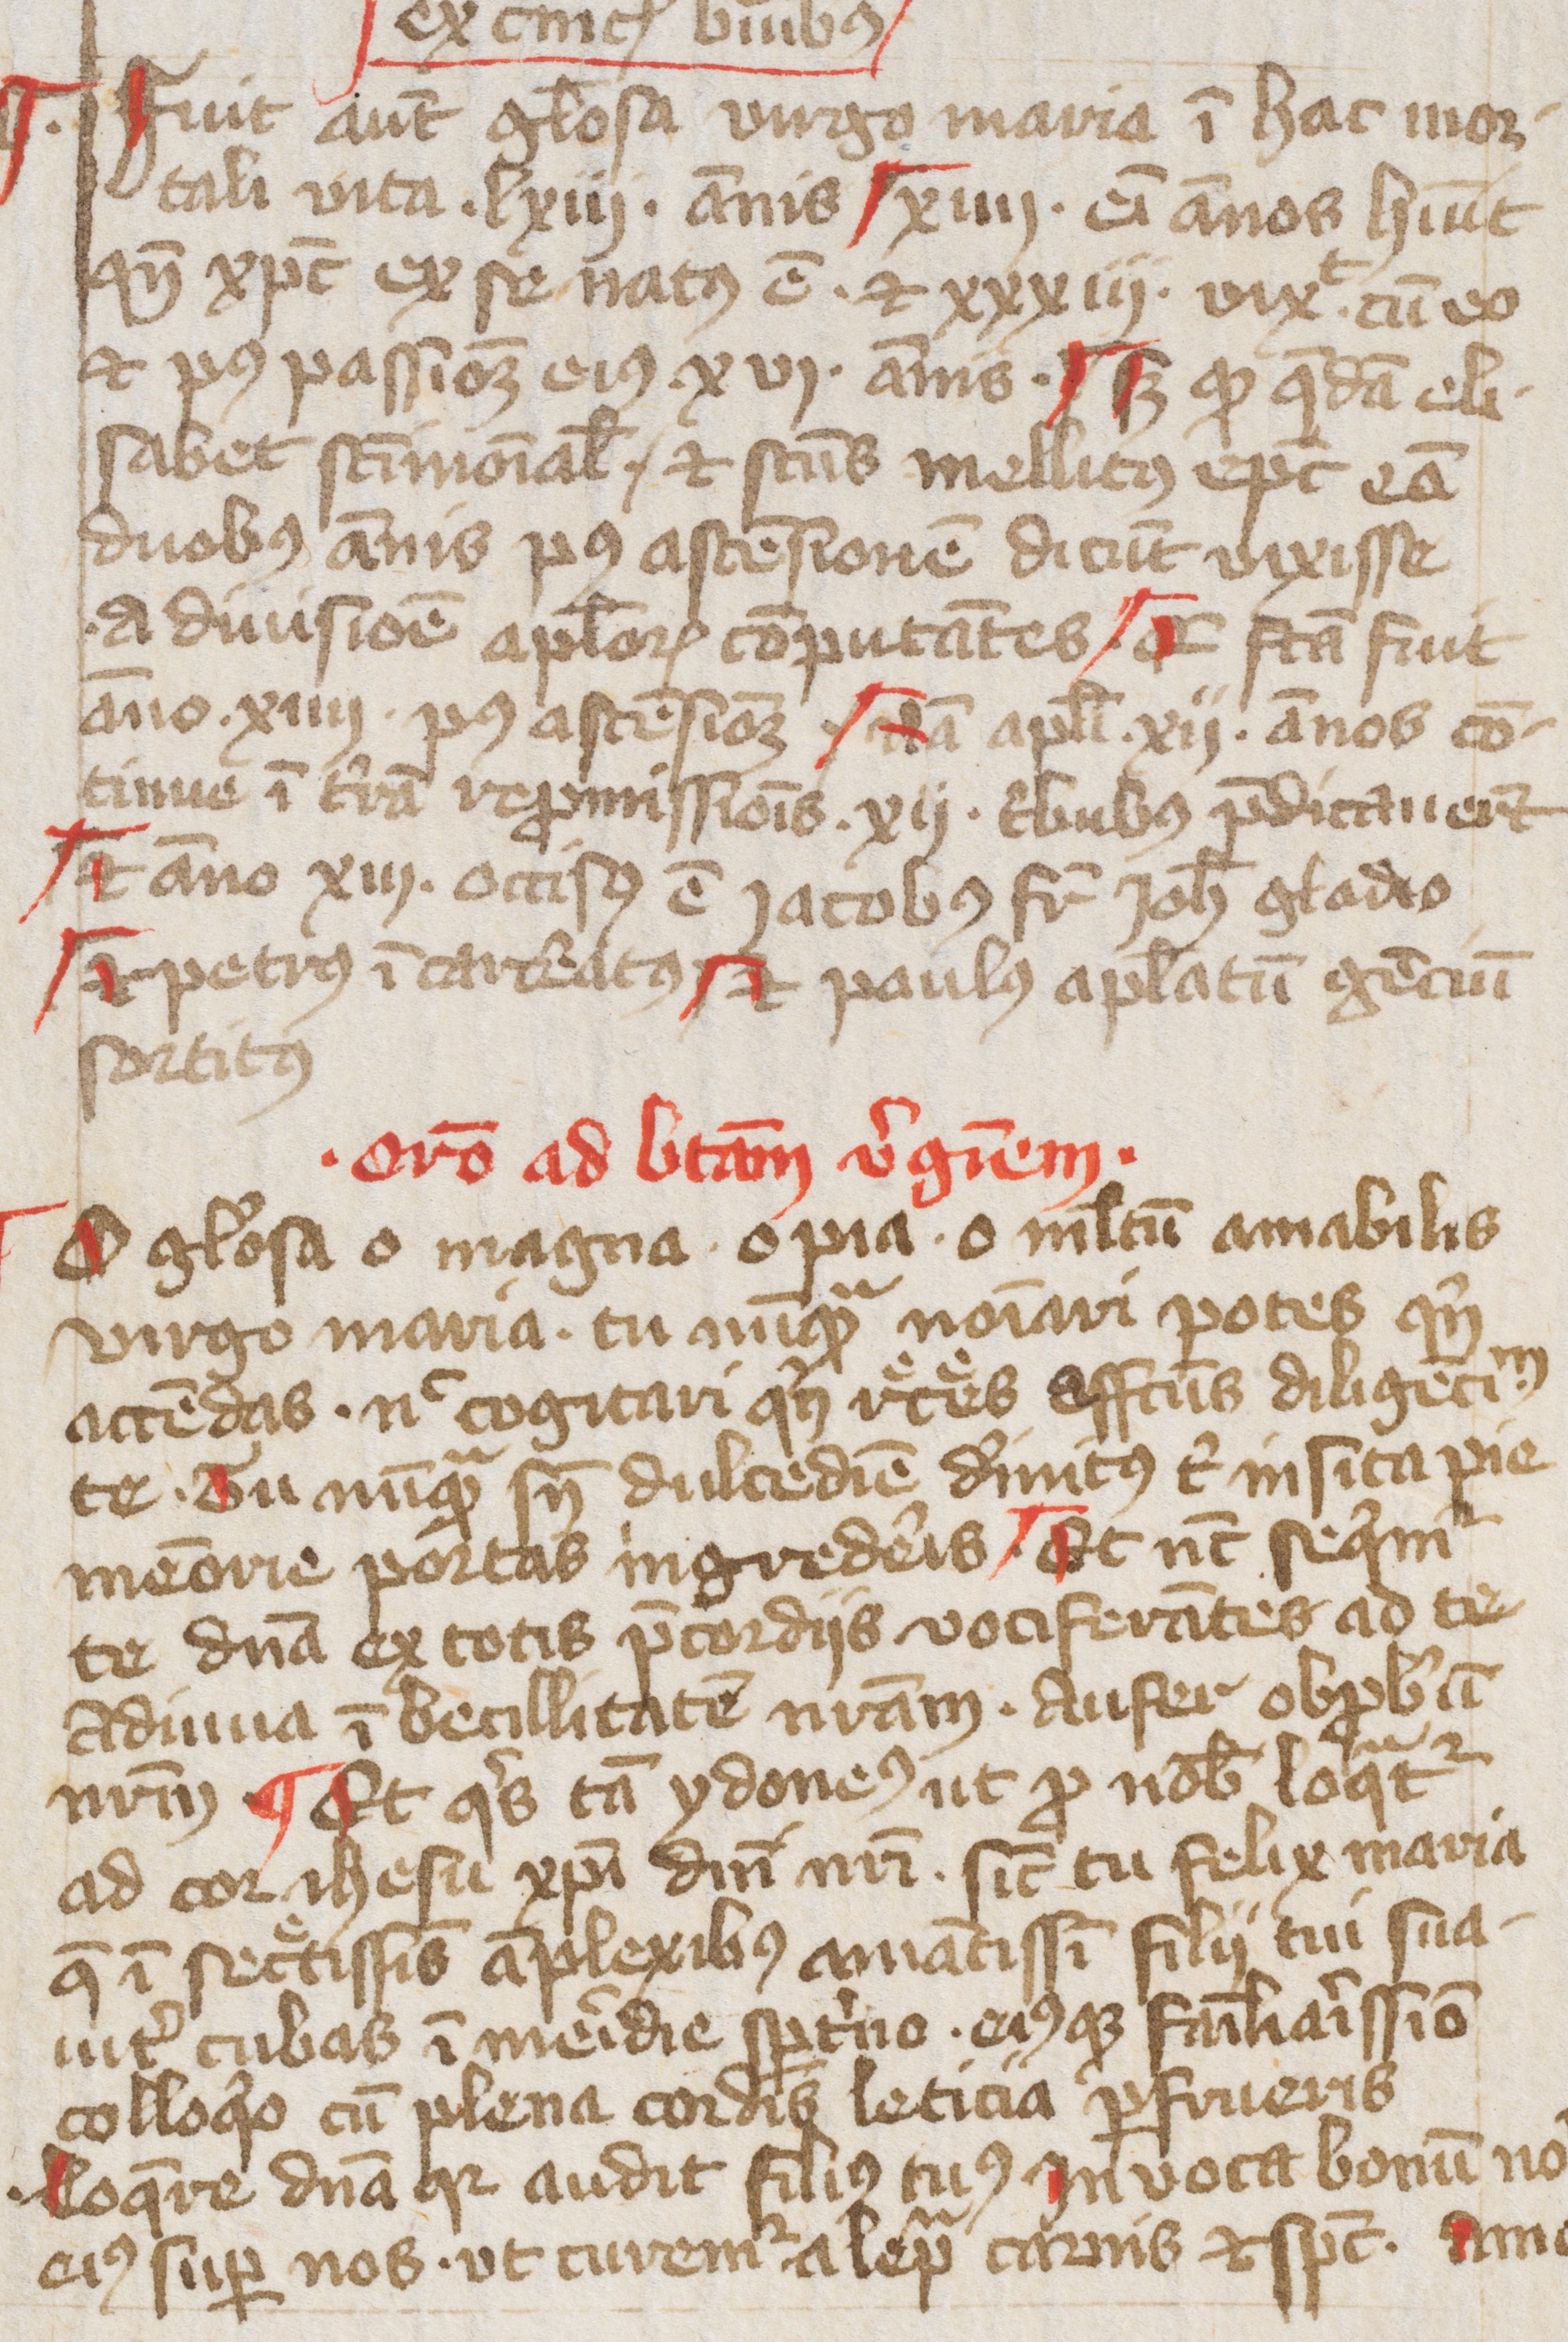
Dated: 1400–1499